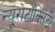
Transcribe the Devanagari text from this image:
न्यूरोटॉक्सिटी